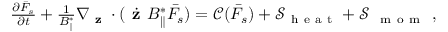
\begin{array} { r } { \frac { \partial \bar { F } _ { s } } { \partial t } + \frac { 1 } { B _ { \parallel } ^ { * } } \nabla _ { \textbf { z } } \cdot ( \dot { \textbf { z } } B _ { \parallel } ^ { * } \bar { F _ { s } } ) = \mathcal { C } ( \bar { F } _ { s } ) + \mathcal { S } _ { \mathrm { ~ h ~ e ~ a ~ t ~ } } + \mathcal { S } _ { \mathrm { ~ \mathrm { ~ m ~ o ~ m ~ } ~ } } , } \end{array}